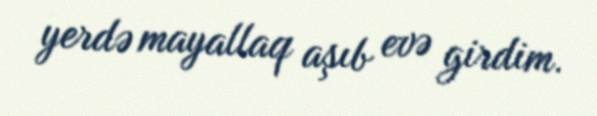
yerdə mayallaq aşıb evə girdim.